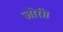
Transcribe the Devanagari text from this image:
जोरी।